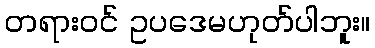
တရားဝင် ဥပဒေမဟုတ်ပါဘူး။